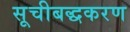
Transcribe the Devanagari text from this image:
सूचीबद्धकरण